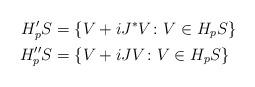
LaTeX: \begin{align*}H_p'S &= \left\{V+iJ^*V\colon V\in H_pS\right\}\\H_p''S &= \left\{V+iJV\colon V\in H_pS\right\}\end{align*}